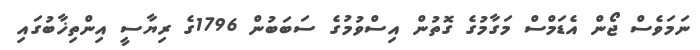
ނަމަވެސް ޖޯން އެޑަމްސް މަގާމުގެ ގޮތުން އިސްވުމުގެ ސަަބަބުން 1796ގެ ރިޔާސީ އިންތިޚާބުގައި